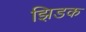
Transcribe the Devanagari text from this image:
झिडक